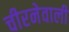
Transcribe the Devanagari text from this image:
चीरनेवाली